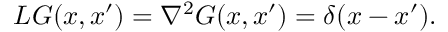
L G ( x , x ^ { \prime } ) = \nabla ^ { 2 } G ( x , x ^ { \prime } ) = \delta ( x - x ^ { \prime } ) .